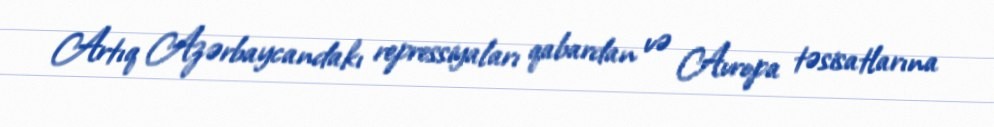
Artıq Azərbaycandakı repressiyaları qabardan və Avropa təsisatlarına